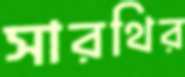
সারথির